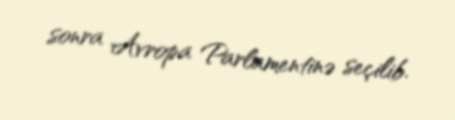
sonra Avropa Parlamentinə seçilib.